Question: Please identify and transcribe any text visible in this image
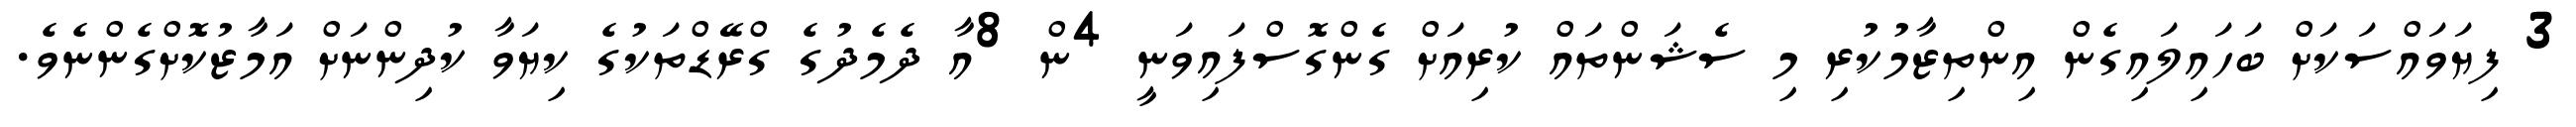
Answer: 3 ފިޔަވައްސަކަށް ބަހައިލައިގެން އިންތިޒާމުކުރި މި ސެޝަންތައް ކުރިއަށް ގެންގޮސްފައިވަނީ 4ން 8އާ ދެމެދުގެ ގްރޭޑްތަކުގެ ކިޔަވާ ކުދިންނަށް އަމާޒުކޮށްގެންނެވެ.